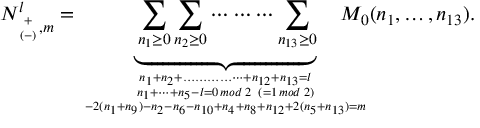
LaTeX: N _ { { \scriptscriptstyle + \atop ( - ) } , m } ^ { l } = \underbrace { \sum _ { n _ { 1 } \ge 0 } \sum _ { n _ { 2 } \ge 0 } \cdots \cdots \cdots \sum _ { n _ { 1 3 } \ge 0 } } _ { n _ { 1 } + n _ { 2 } + \dots \dots \dots \dots \dots + n _ { 1 2 } + n _ { 1 3 } = l \atop { n _ { 1 } + \dots + n _ { 5 } - l = 0 \, m o d \; 2 \; \; ( = 1 \, m o d \; 2 ) \atop - 2 ( n _ { 1 } + n _ { 9 } ) - n _ { 2 } - n _ { 6 } - n _ { 1 0 } + n _ { 4 } + n _ { 8 } + n _ { 1 2 } + 2 ( n _ { 5 } + n _ { 1 3 } ) = m } } \! \! \! \! \! \! \! \! \! \! M _ { 0 } ( n _ { 1 } , \dots , n _ { 1 3 } ) .